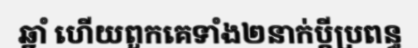
ឆ្នាំ ហើយពួកគេទាំង២នាក់ប្តីប្រពន្ធ